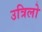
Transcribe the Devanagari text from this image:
उत्रिलो